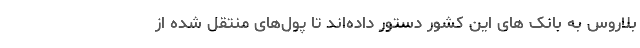
بلاروس به بانک های این کشور دستور داده‌اند تا پول‌های منتقل شده از